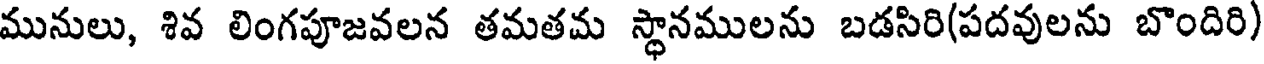
మునులు, శివ లింగపూజవలన తమతమ స్థానములను బడసిరి(పదవులను బొందిరి)